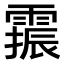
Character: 𫕫